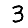
Digit: 3